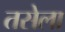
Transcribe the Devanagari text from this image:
तसेला